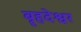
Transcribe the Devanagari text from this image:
बॄहदेश्वर